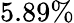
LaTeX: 5.89\%